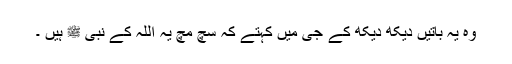
وہ یہ باتیں دیکھ دیکھ کے جی میں کہتے کہ سچ مچ یہ اللہ کے نبی ﷺ ہیں ۔